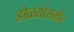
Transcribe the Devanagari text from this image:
डोळयांसमोर